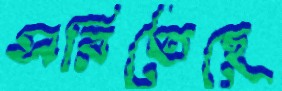
সরিতেছে